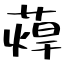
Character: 蔊